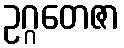
ဥဂ္ဂတေဇာ